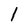
Character: l